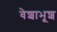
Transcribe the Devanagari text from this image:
वेशाभूश